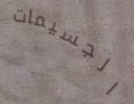
الجسيمات